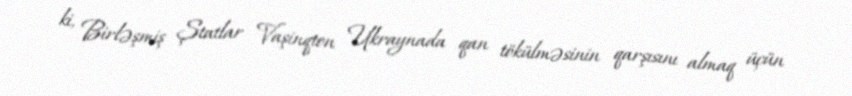
ki, Birləşmiş Ştatlar Vaşinqton Ukraynada qan tökülməsinin qarşısını almaq üçün